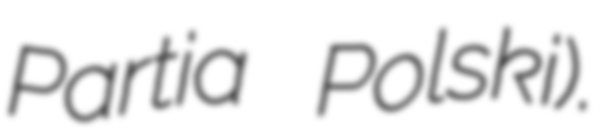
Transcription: Partia Polski).